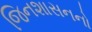
જિનશાસનનો